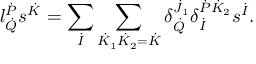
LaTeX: l _ { \dot { Q } } ^ { \dot { P } } s ^ { \dot { K } } = \sum _ { \dot { I } } \sum _ { \dot { K } _ { 1 } \dot { K } _ { 2 } = \dot { K } } \delta _ { \dot { Q } } ^ { \dot { J } _ { 1 } } \delta _ { \dot { I } } ^ { \dot { P } \dot { K } _ { 2 } } s ^ { \dot { I } } .